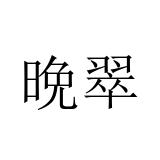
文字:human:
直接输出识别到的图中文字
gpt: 晩翠